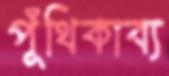
পুঁথিকাব্য